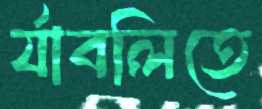
র‍্যাবলিতে